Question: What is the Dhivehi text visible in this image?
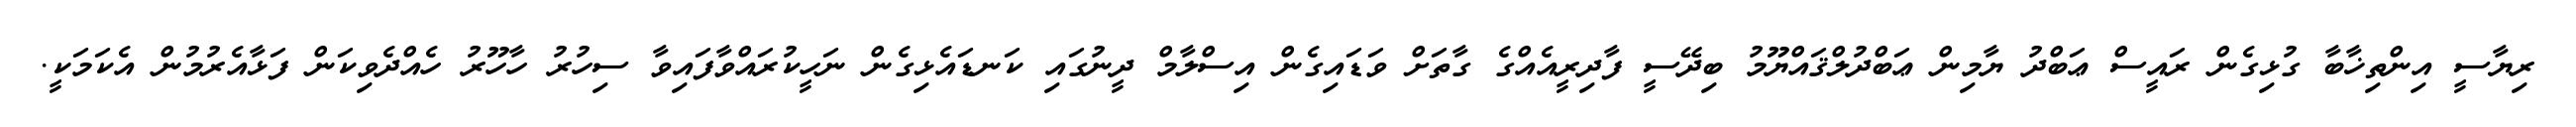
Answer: ރިޔާސީ އިންތިޚާބާ ގުޅިގެން ރައީސް ޢަބްދު ޔާމިން ޢަބްދުލްޤައްޔޫމު ބިދޭސީ ފާދިރީއެއްގެ ގާތަށް ވަޑައިގެން އިސްލާމް ދީނުގައި ކަނޑައެޅިގެން ނަހީކުރައްވާފައިވާ ސިހުރު ހާހޫރު ހެއްދެވިކަން ފަޅާއެރުމުން އެކަމަކީ.